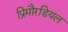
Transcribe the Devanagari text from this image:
प्रिमौरडियल